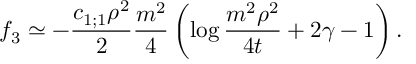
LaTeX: f _ { 3 } \simeq - \frac { c _ { 1 ; 1 } \rho ^ { 2 } } { 2 } \frac { m ^ { 2 } } { 4 } \left( \log \frac { m ^ { 2 } \rho ^ { 2 } } { 4 t } + 2 \gamma - 1 \right) .